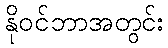
နိုဝင်ဘာအတွင်း